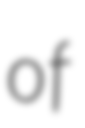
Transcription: of